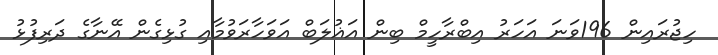
ހިޖުރައިން 196ވަނަ އަހަރު އިބްރާހީމް ބިން އަޣުލަބް އަވަހާރަވުމާއި ގުޅިގެން އޭނާގެ ދަރިފުޅު